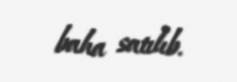
baha satılıb.